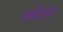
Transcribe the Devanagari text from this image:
प्लेटस